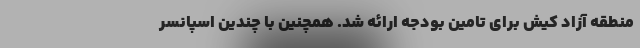
منطقه آزاد کیش برای تامین بودجه ارائه شد. همچنین با چندین اسپانسر